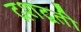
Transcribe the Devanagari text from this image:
द्रशद्वती